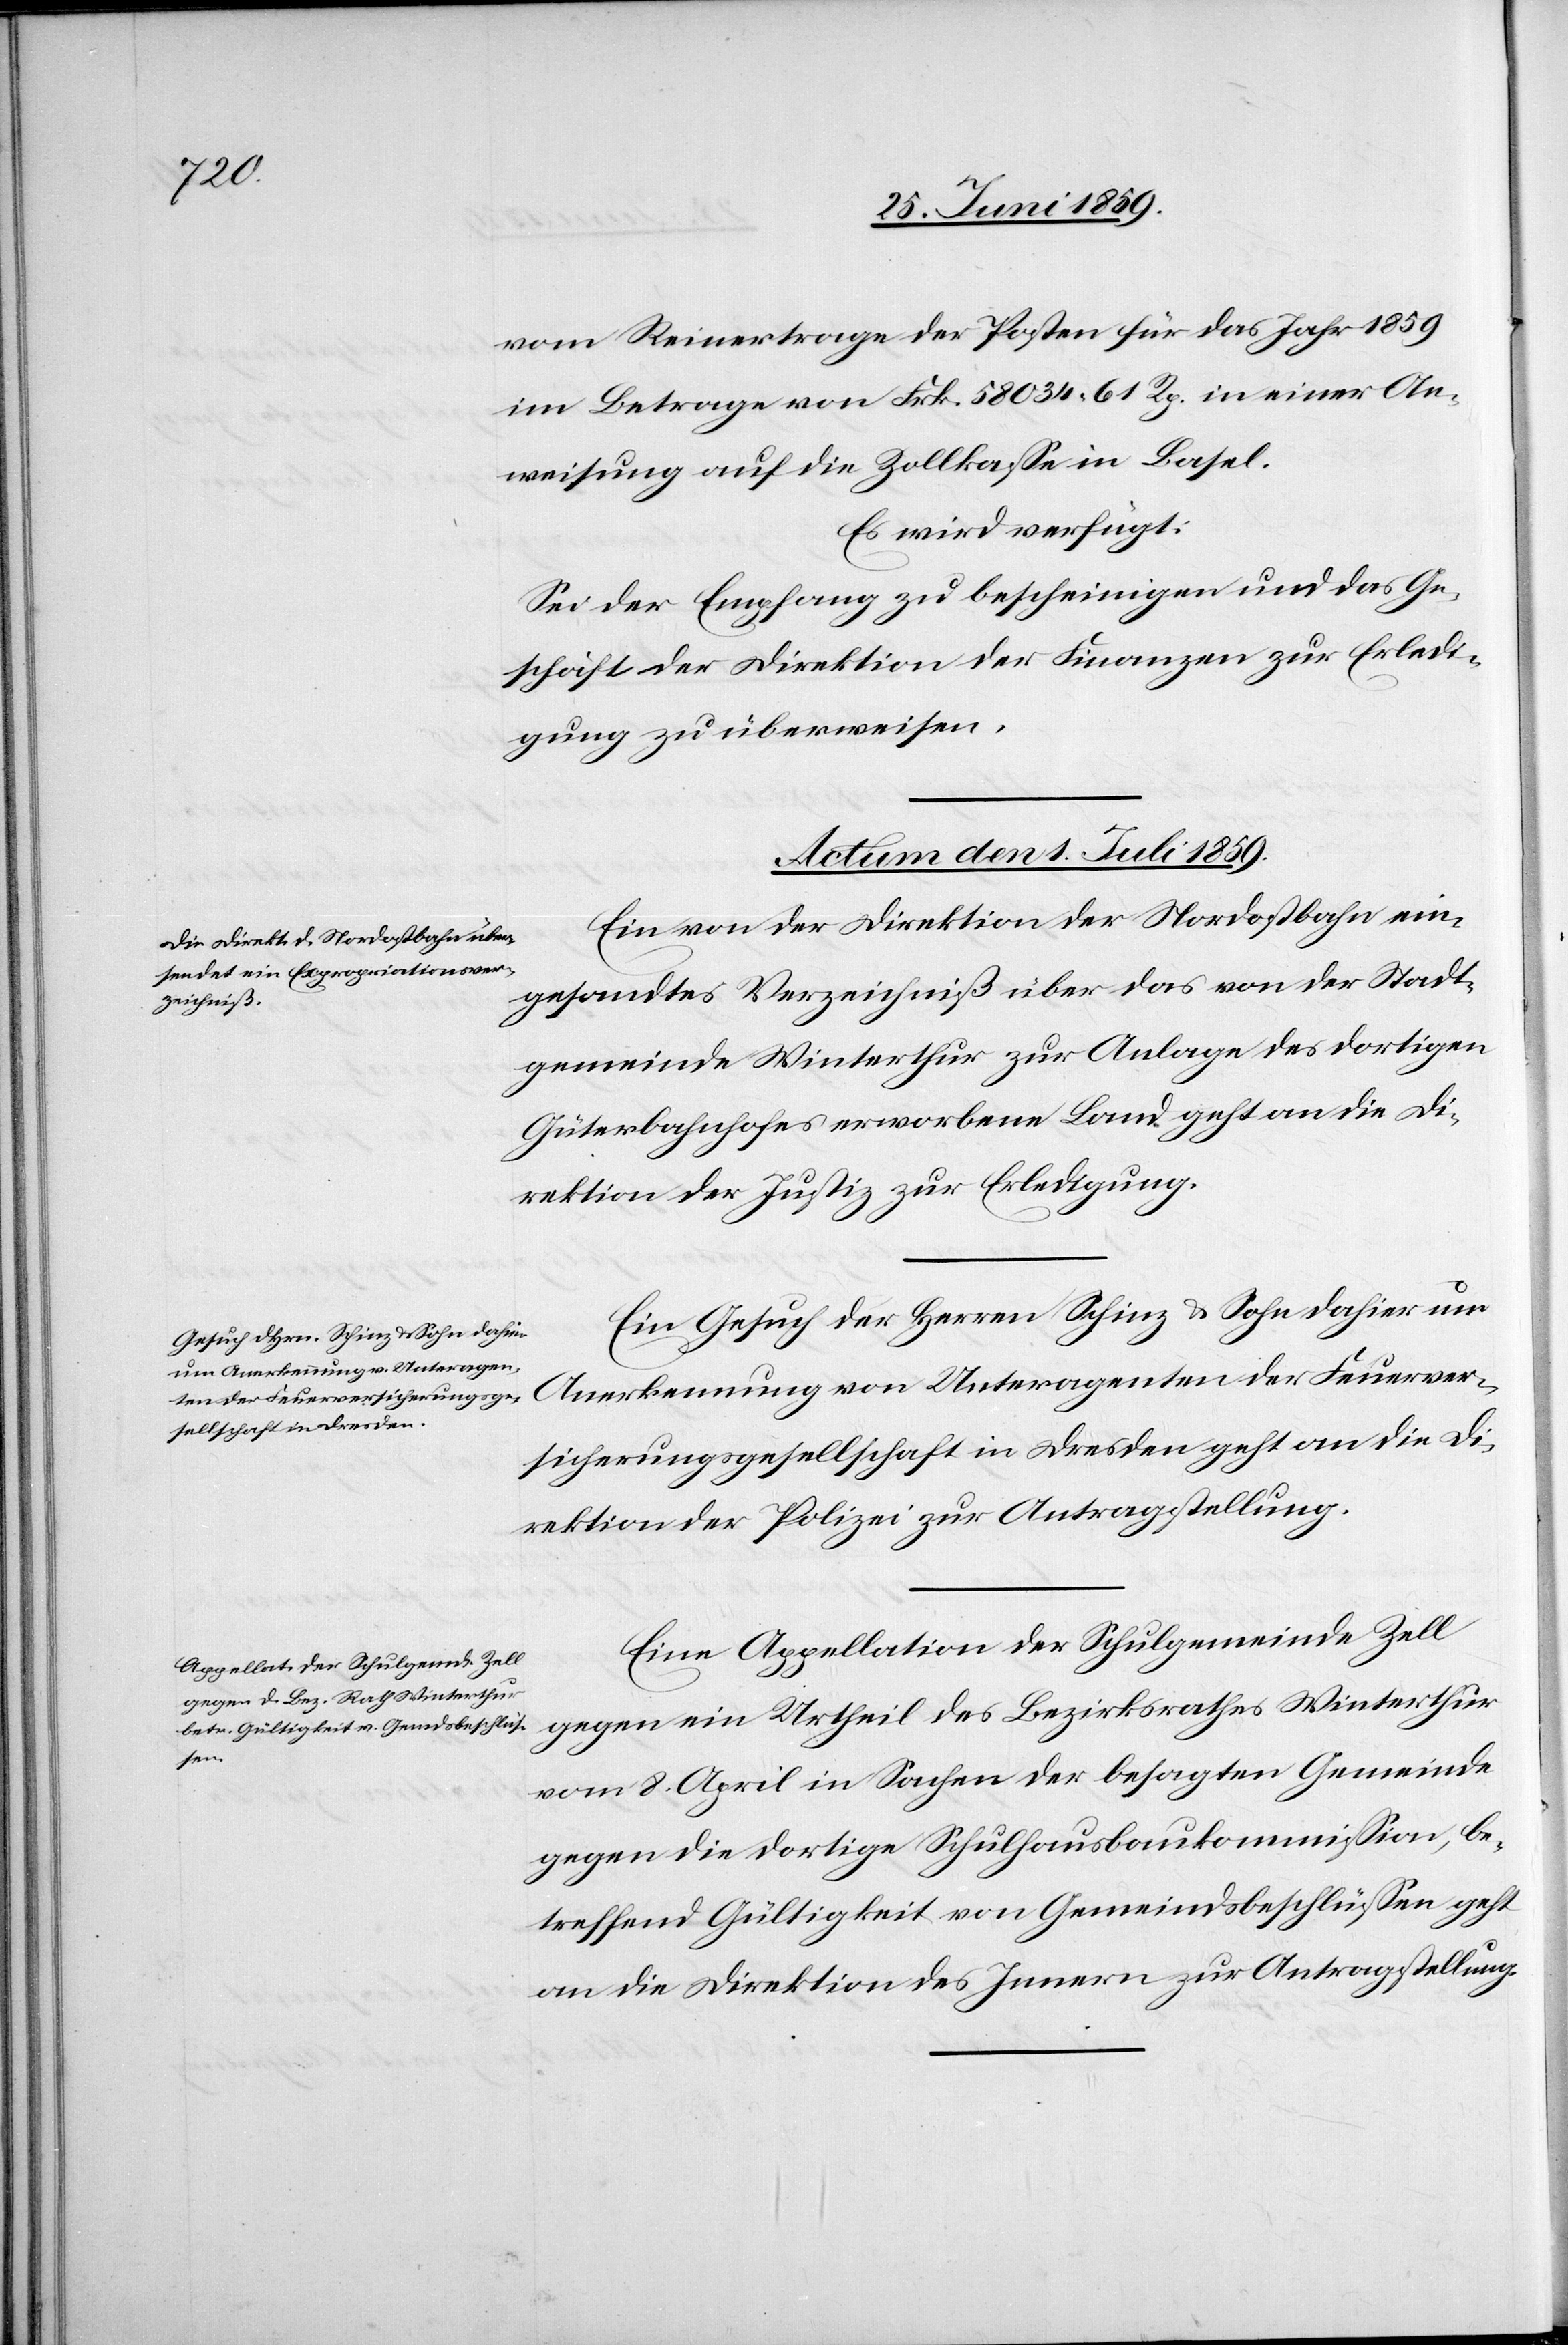
vom Reinertrage der Posten für das Jahr 1859
im Betrage von Frk. 58034.61 Rp. in einer An¬
weisung auf die Zollkasse in Basel.
Es wird verfügt:
Sei der Empfang zu bescheinigen und das Ge¬
schäft der Direktion der Finanzen zur Erledi¬
gung zu überweisen.
Actum den 1. Juli 1859.]
Ein von der Direktion der Nordostbahn ein¬
gesandtes Verzeichniß über das von der Stadt¬
gemeinde Winterthur zur Anlage des dortigen
Güterbahnhofes erworbene Land geht an die Di¬
rektion der Justiz zur Erledigung.
Ein Gesuch der Herren Schinz & Sohn dahier um
Anerkennung von Unteragenten der Feuerver¬
sicherungsgesellschaft in Dresden geht an die Di¬
rektion der Polizei zur Antragstellung.
Eine Appellation der Schulgemeinde Zell
gegen ein Urtheil des Bezirksrathes Winterthur
vom 8. April in Sachen der besagten Gemeinde
gegen die dortige Schulhausbaukommission, be¬
treffend Gültigkeit von Gemeindsbeschlüssen geht
an die Direktion des Innern zur Antragstellung.